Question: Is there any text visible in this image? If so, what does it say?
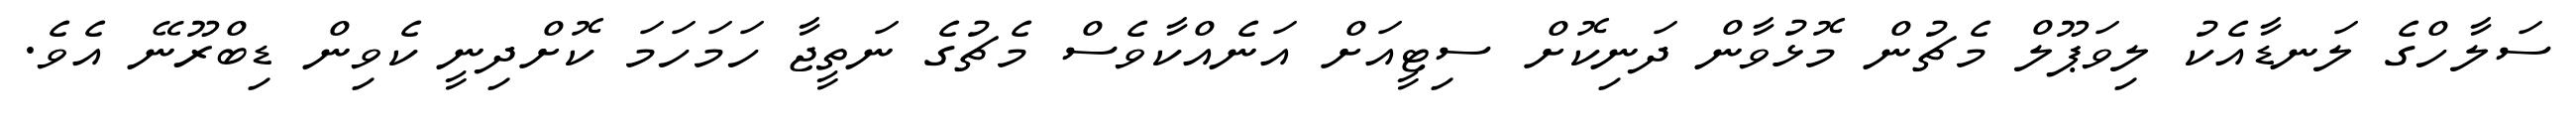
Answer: ސަލާހްގެ ލަނޑާއެކު ލިވަޕޫލް މެޗުން މޮޅުވާން ދަނިކޮށް ސިޓީއަށް އަނެއްކާވެސް މެޗުގެ ނަތީޖާ ހަމަހަމަ ކޮށްދިނީ ކެވިން ޑިބްރޫނޭ އެވެ.